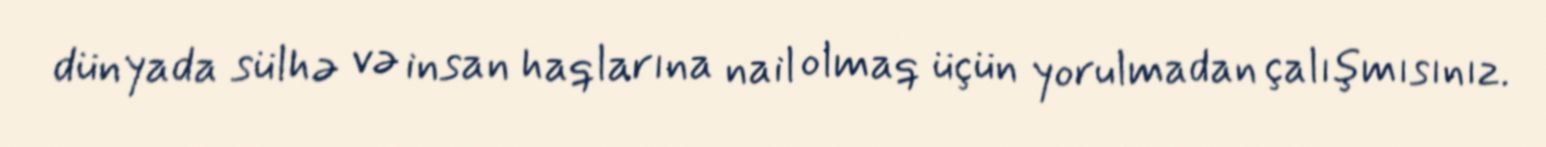
dünyada sülhə və insan haqlarına nail olmaq üçün yorulmadan çalışmısınız.